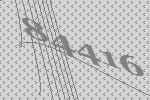
84416